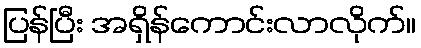
ပြန်ပြီး အရှိန်ကောင်းလာလိုက်။